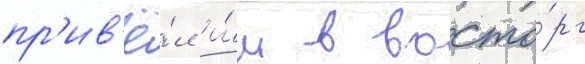
пр'ив'ё́л и́м в восто́рг